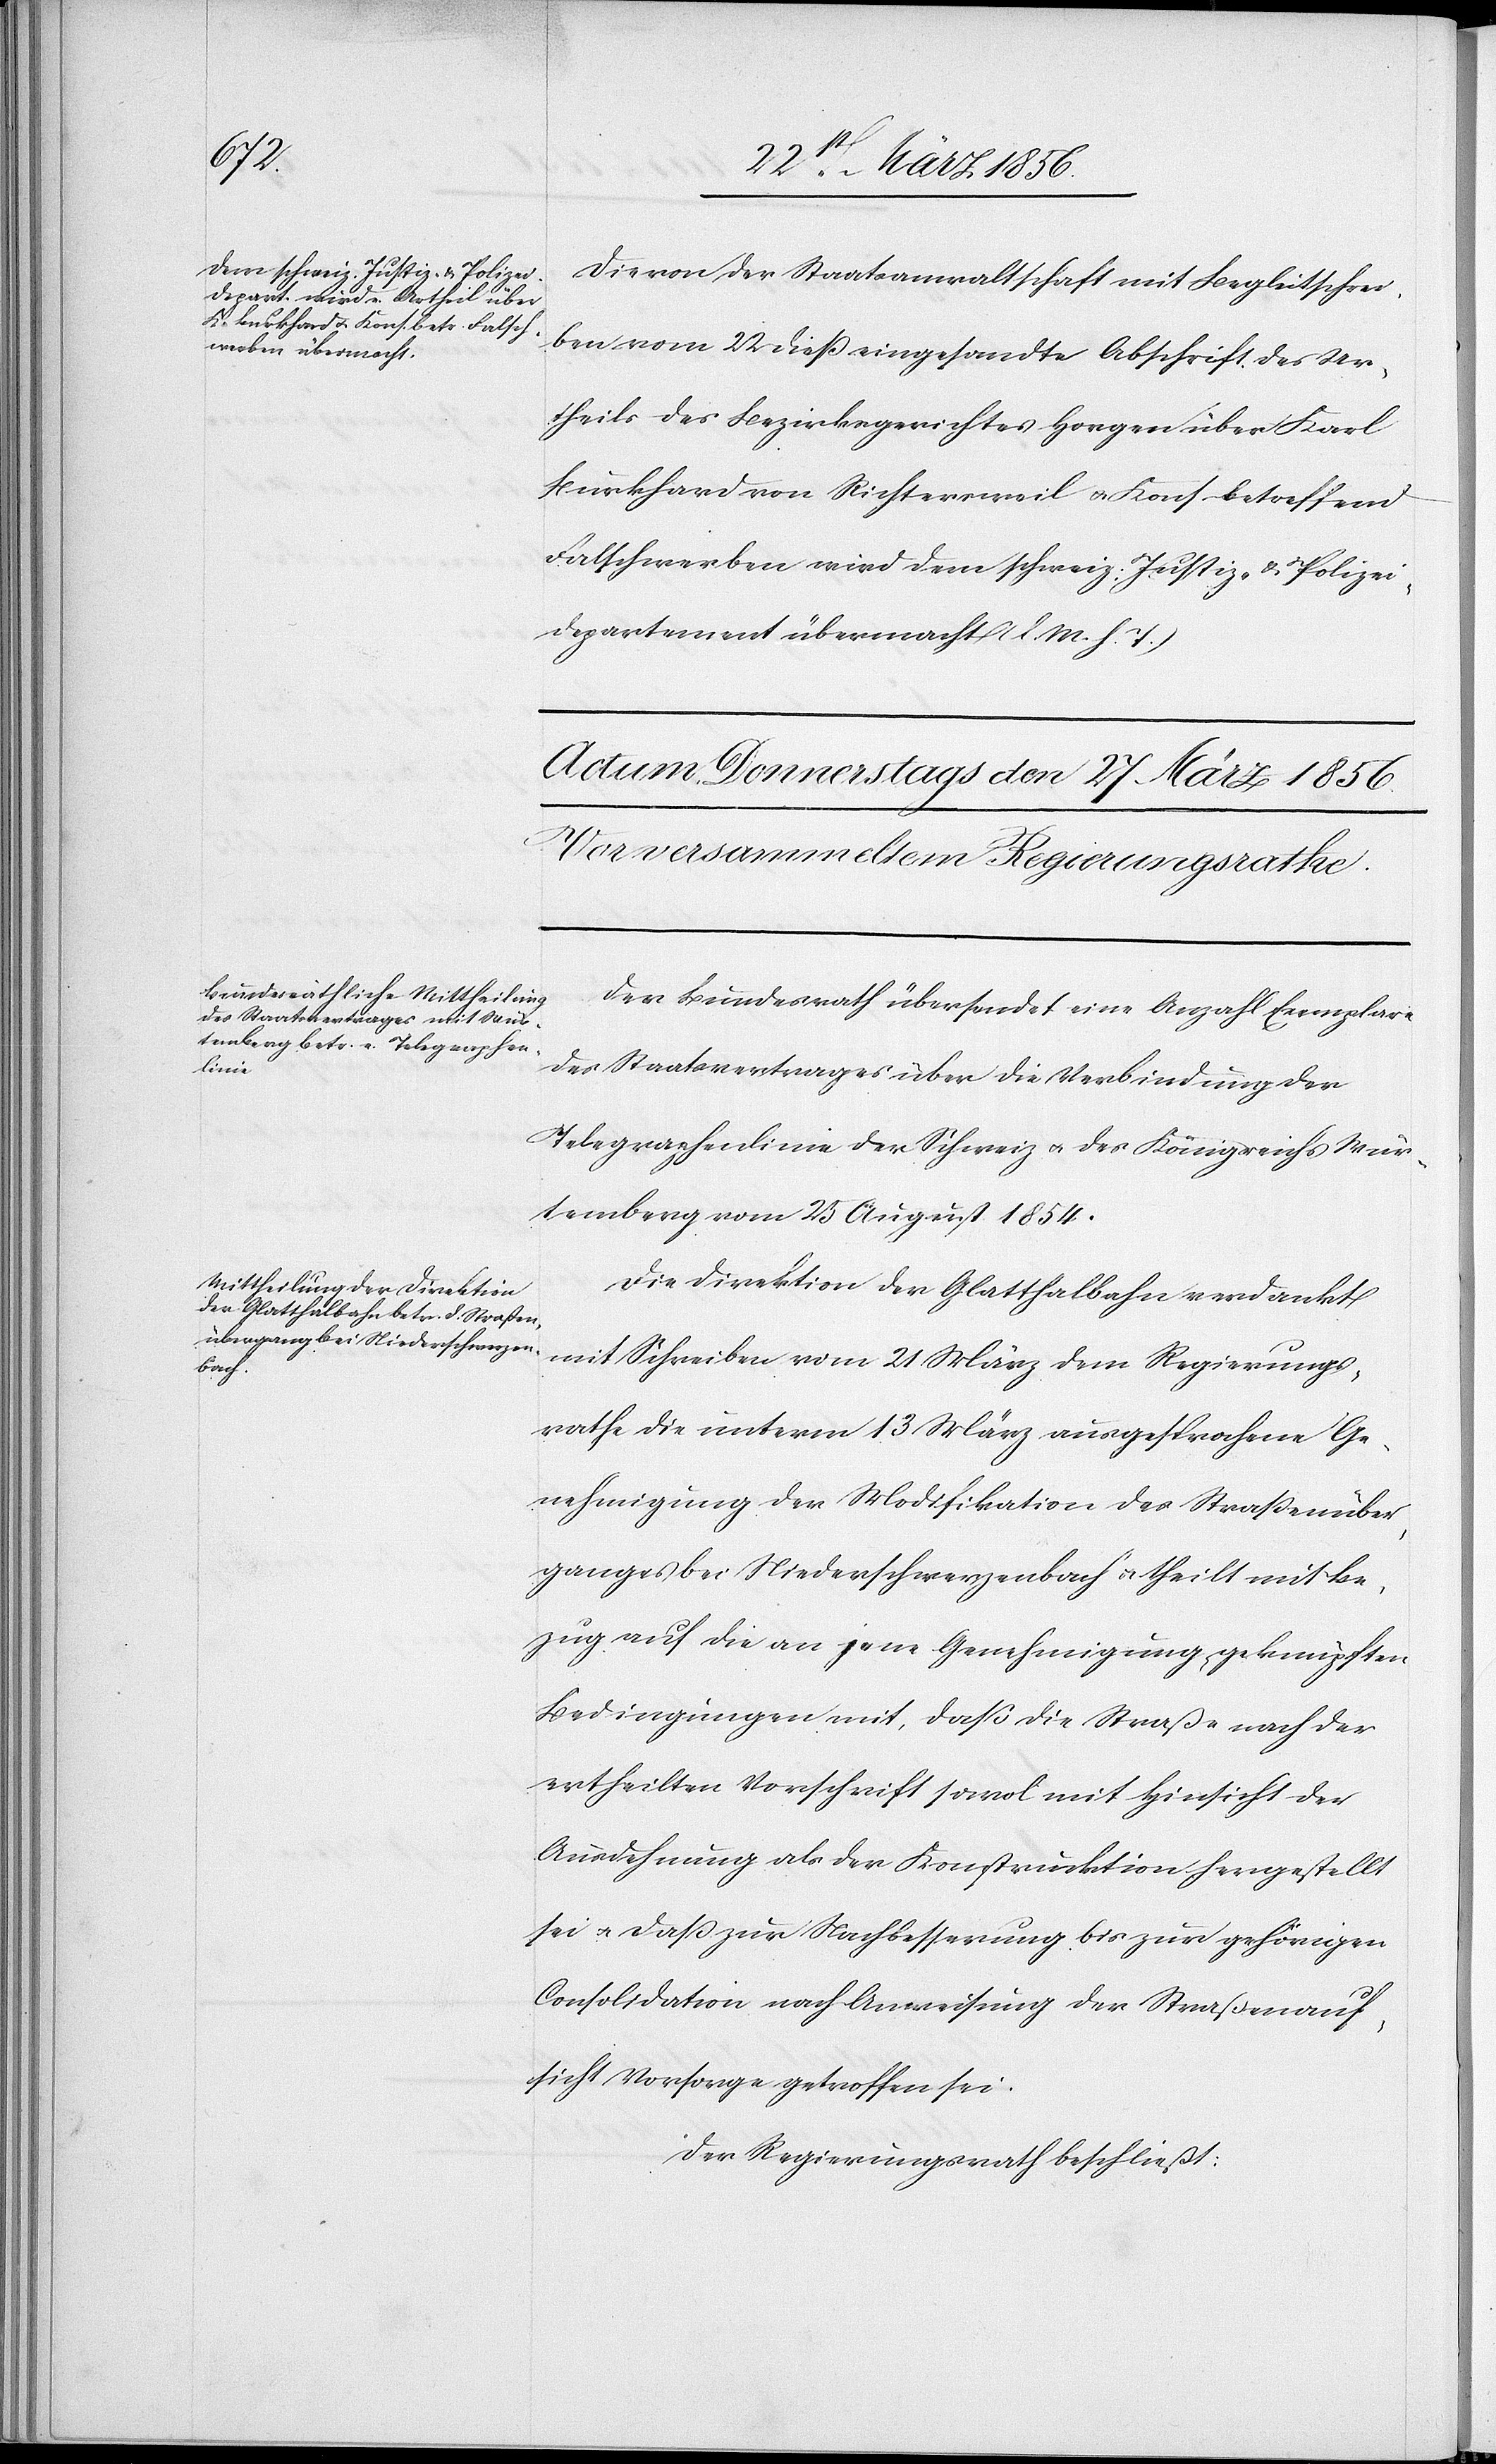
mit
Die von der Staatsanwaltschaft mit Begleitschrei¬
ben vom 22 dieß eingesandte Abschrift des Ur¬
theils des Bezirksgerichtes Horgen über Karl
Burkhard von Richtersweil u. Kons. betreffend
Falschwerben wird dem schweiz. Justiz- & Polizei¬
departement übermacht (l. M. h. T.)[.]
Der Bundesrath übersendet eine Anzahl Exemplare
rungs¬
des Staatsvertrages über die Verbindung der
Telegraphenlinie der Schweiz u. des Königreichs Wür¬
temberg vom 25 August 1854.
Die Direktion der Glatthalbahn verdankt
rathe die unterm 13 März ausgesprochene Ge¬
nehmigung der Modifikation des Straßenüber¬
ganges bei Niederschwerzenbach u. theilt mit Be¬
zug auf die an jene Genehmigung geknüpften
Bedingungen mit, daß die Straße nach der
ertheilten Vorschrift sowol mit Hinsicht der
Ausdehnung als der Konstruktion hergestellt
sei u. daß zur Nachbesserung bis zur gehörigen
Consolidation nach Anweisung der Straßenauf¬
sicht Vorsorge getroffen sei.
Der Regierungsrath beschließt: